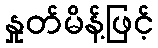
နှုတ်မိန့်ဖြင့်